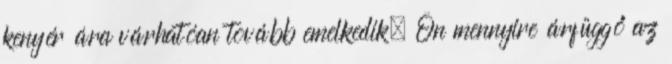
kenyér ára várhatóan tovább emelkedik. Ön mennyire árfüggő az